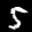
Label: 5